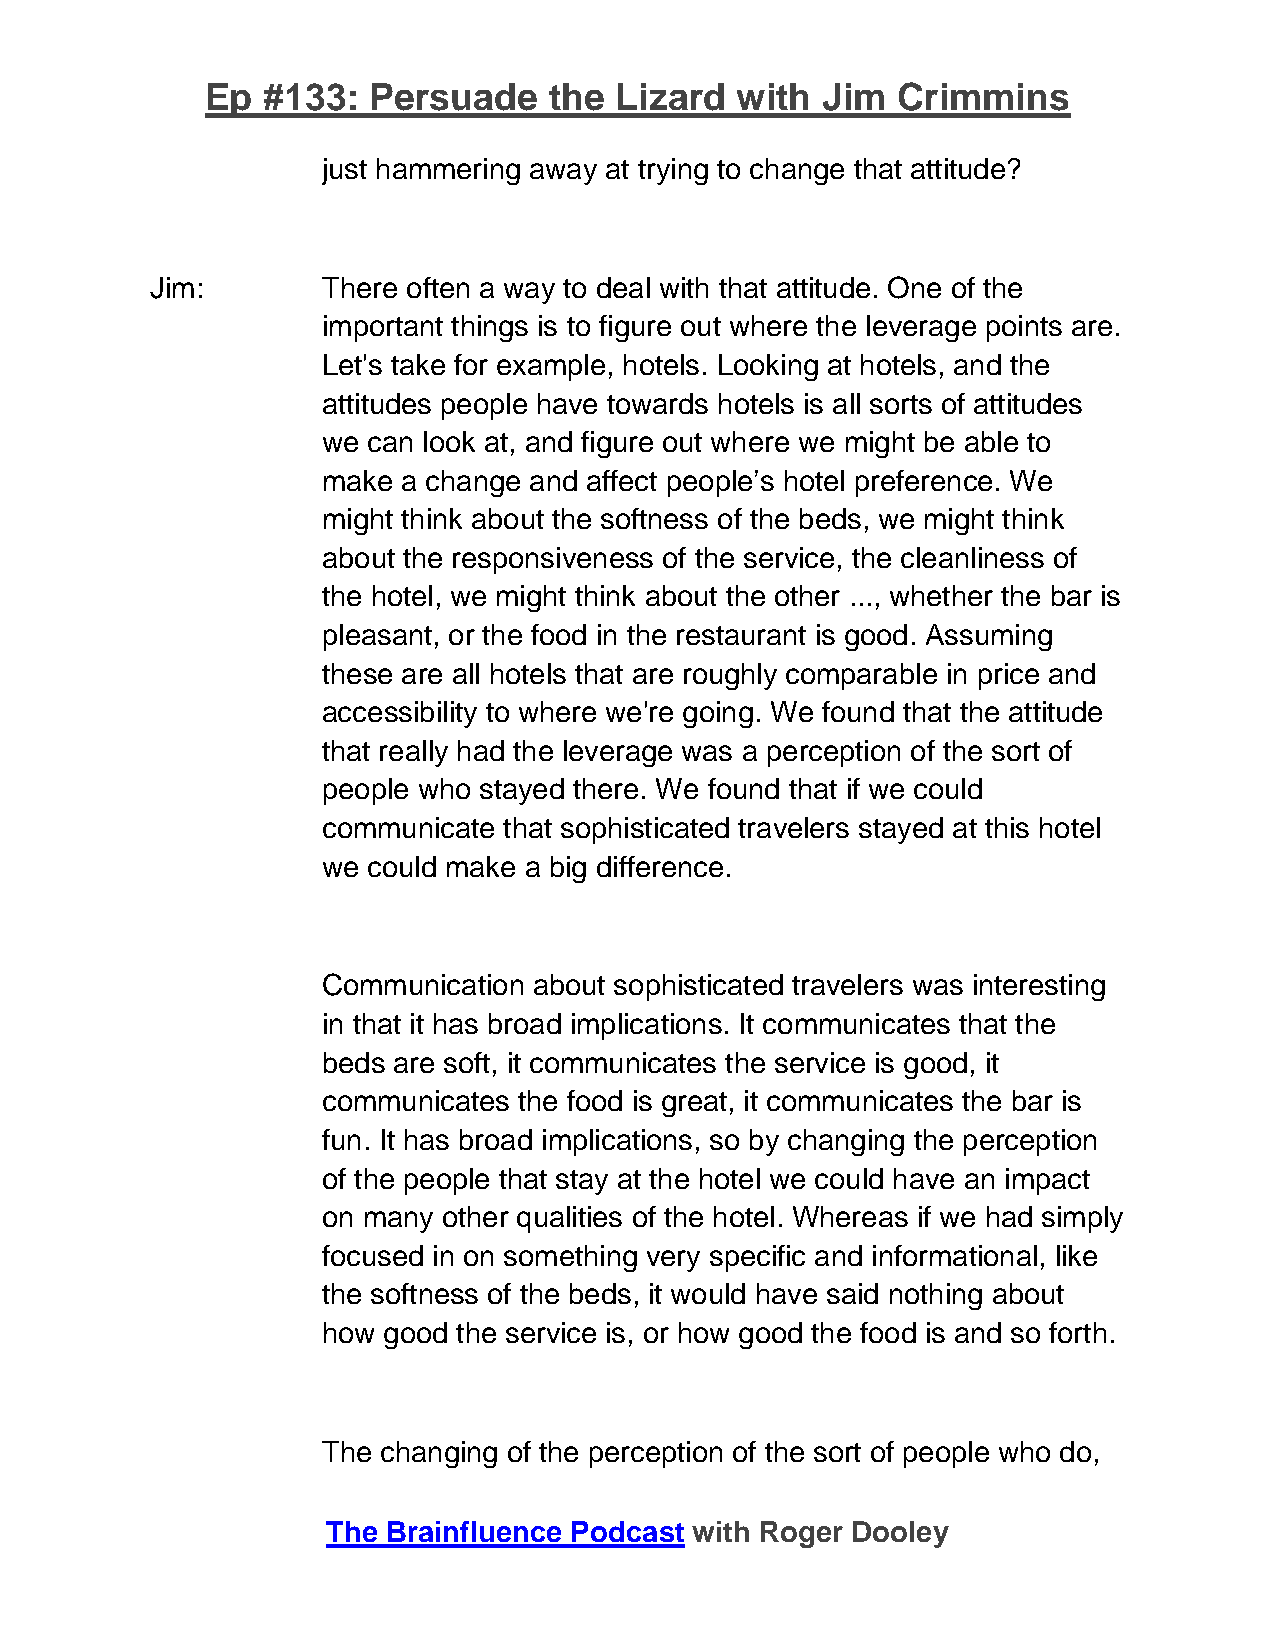
Ep #133:  Persuade    the  Lizard  with Jim  Crimmins
 just hammering away at trying to change that attitude?
 Jim:       There often a way to deal with that attitude. One of the
 important things is to figure out where the leverage points are.
 Let's take for example, hotels. Looking at hotels, and the
 attitudes people have towards hotels is all sorts of attitudes
 we can look at, and figure out where we might be able to
 make  a change and affect people’s hotel preference. We
 might think about the softness of the beds, we might think
 about the responsiveness of the service, the cleanliness of
 the hotel, we might think about the other ..., whether the bar is
 pleasant, or the food in the restaurant is good. Assuming
 these are all hotels that are roughly comparable in price and
 accessibility to where we're going. We found that the attitude
 that really had the leverage was a perception of the sort of
 people who stayed there. We found that if we could
 communicate that sophisticated travelers stayed at this hotel
 we could make a big difference.
 Communication about sophisticated travelers was interesting
 in that it has broad implications. It communicates that the
 beds are soft, it communicates the service is good, it
 communicates the food is great, it communicates the bar is
 fun. It has broad implications, so by changing the perception
 of the people that stay at the hotel we could have an impact
 on many other qualities of the hotel. Whereas if we had simply
 focused in on something very specific and informational, like
 the softness of the beds, it would have said nothing about
 how good the service is, or how good the food is and so forth.
 The changing of the perception of the sort of people who do,
 The Brainfluence Podcast with Roger Dooley